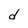
Character: d